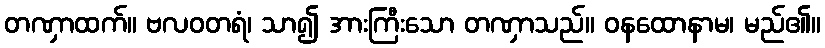
တဏှာထက်။ ဗလဝတရံ၊ သာ၍ အားကြီးသော တဏှာသည်။ ဝနထောနာမ၊ မည်၏။